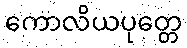
ကောလိယပုတ္တေ